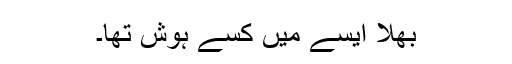
بھلا ایسے میں کسے ہوش تھا۔